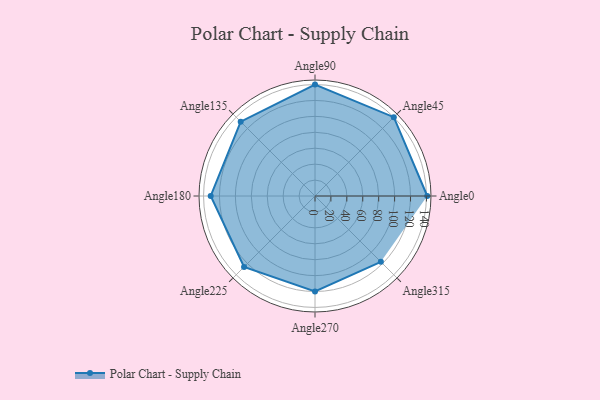
{"axis": {"x": "Angle", "y": "Radius"}, "legend": [""], "data": [{"x": "Angle0", "y": 141.0, "type": ""}, {"x": "Angle45", "y": 140.0, "type": ""}, {"x": "Angle90", "y": 140.0, "type": ""}, {"x": "Angle135", "y": 132.0, "type": ""}, {"x": "Angle180", "y": 131.0, "type": ""}, {"x": "Angle225", "y": 126.0, "type": ""}, {"x": "Angle270", "y": 120.0, "type": ""}, {"x": "Angle315", "y": 117.0, "type": ""}]}